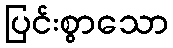
ပြင်းစွာသော